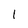
Character: 1